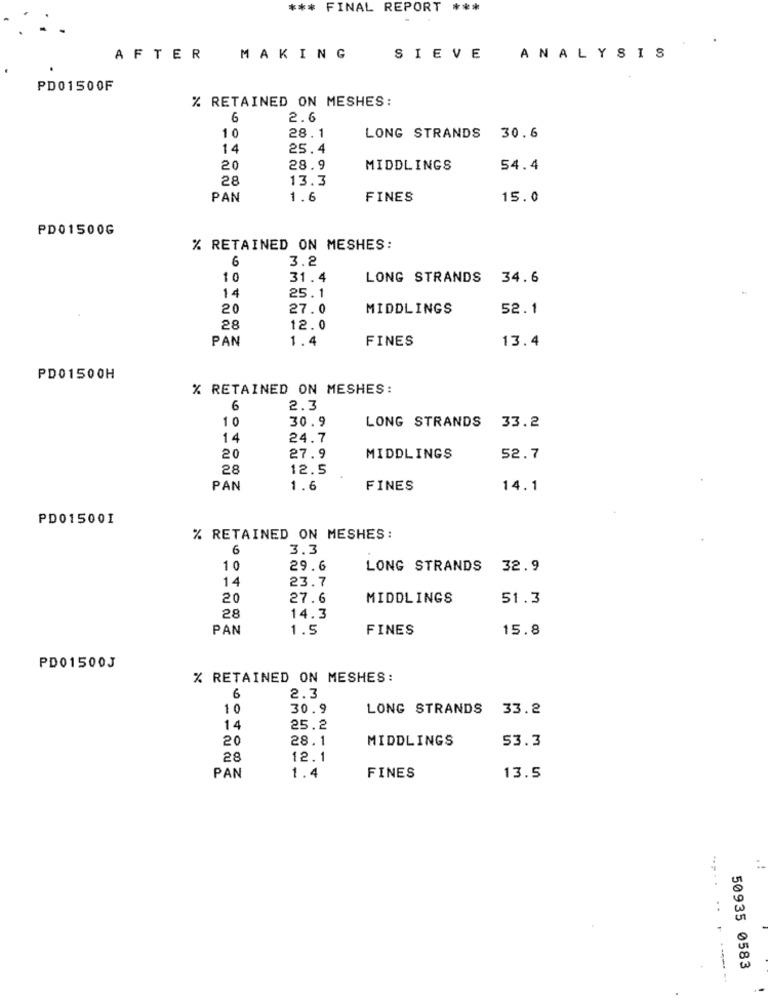
*** FINAL REPORT ***
AFTER
MAKING
SIEVE
ANALYSIS
PD01500F
% RETAINED ON MESHES:
6
2.6
10
28.1
LONG STRANDS 30.6
14
25.4
20
28.9
MIDDLINGS
54.4
28
13.3
PAN
1.6
FINES
15.0
PD01500G
% RETAINED ON MESHES:
6
3.2
10
31.4
LONG STRANDS
34.6
14
25.1
20
27.0
MIDDLINGS
52.1
28
12.0
PAN
1.4
FINES
13.4
PD01500H
% RETAINED ON MESHES:
6
2.3
10
30.9
LONG STRANDS 33.2
14
24.7
20
27.9
MIDDLINGS
52.7
28
12.5
PAN
1.6
FINES
14.1
PD015001
% RETAINED ON MESHES:
6
3.3
10
29.6
LONG STRANDS 32.9
14
23.7
20
27.6
MIDDLINGS
51.3
28
14.3
PAN
1.5
FINES
15.8
PD01500J
% RETAINED ON MESHES:
6
2.3
30.9
LONG STRANDS 33.2
14
25.2
20
28.1
MIDDLINGS
53.3
28
12.1
PAN
1.4
FINES
13.5
.....
..
50935 0583